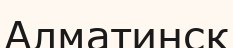
Алматинск